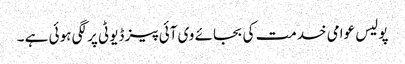
پولیس عوامی خدمت کی بجائے وی آئی پیز ڈیوٹی پر لگی ہوئی ہے ۔